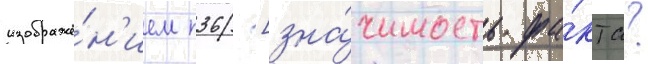
изображе́н'ием п36 [зна́чимость фа́кта?